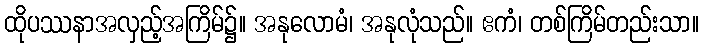
ထိုပဿနာအလှည့်အကြိမ်၌။ အနုလောမံ၊ အနုလုံသည်။ ဧကံ၊ တစ်ကြိမ်တည်းသာ။